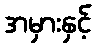
အမှားနှင့်